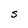
Character: S